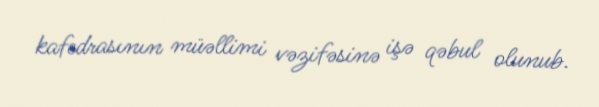
kafedrasının müəllimi vəzifəsinə işə qəbul olunub.